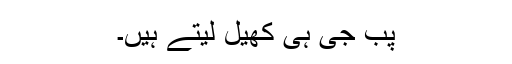
پب جی ہی کھیل لیتے ہیں۔